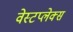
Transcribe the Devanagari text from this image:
वेस्टप्लेक्स